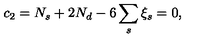
c _ { 2 } = N _ { s } + 2 N _ { d } - 6 \sum _ { s } \xi _ { s } = 0 ,